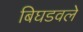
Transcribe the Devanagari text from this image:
बिघडवले